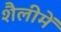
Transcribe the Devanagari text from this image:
शैलीमें